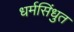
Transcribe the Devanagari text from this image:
धर्मसिंधुत